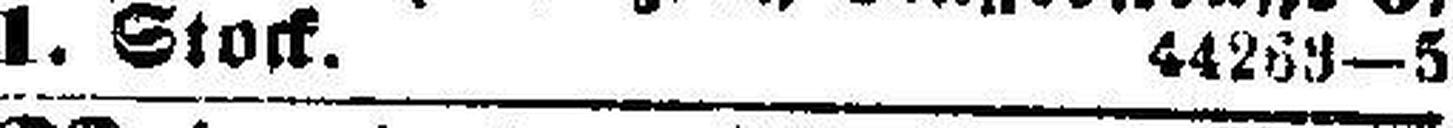
1. Stock. 44263—5